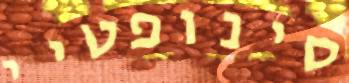
סינופטיי